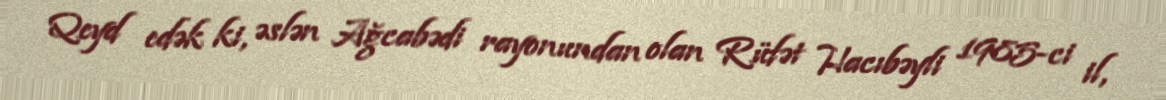
Qeyd edək ki, əslən Ağcabədi rayonundan olan Rüfət Hacıbəyli 1985-ci il,